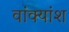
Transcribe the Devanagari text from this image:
वांक्यांश